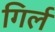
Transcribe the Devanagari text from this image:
गिर्ल